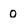
Character: 0